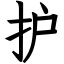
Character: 护